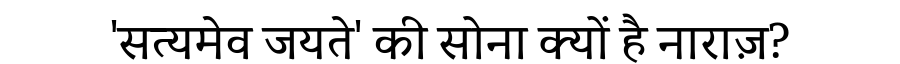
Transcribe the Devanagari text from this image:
'सत्यमेव जयते' की सोना क्यों है नाराज़?